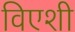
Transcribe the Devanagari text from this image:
विएशी